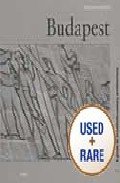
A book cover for Budapest (Architecture Guides Series); Edwin Heathcote; Travel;